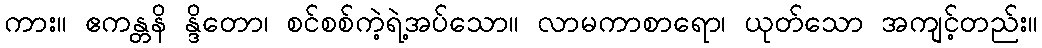
ကား။ ဧကန္တနိ န္ဒိတော၊ စင်စစ်ကဲ့ရဲ့အပ်သော။ လာမကာစာရော၊ ယုတ်သော အကျင့်တည်း။